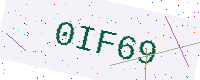
Text: 0IF69